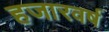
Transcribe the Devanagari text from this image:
हजारवर्ष